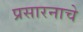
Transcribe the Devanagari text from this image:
प्रसारनाचे